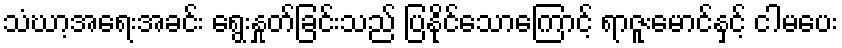
သံဃာ့အရေးအခင်း ရွေးနှုတ်ခြင်းသည် ပြနိုင်သောကြောင့် ရာဇူးမောင်နှင့် ငါမပေး